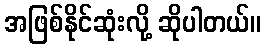
အဖြစ်နိုင်ဆုံးလို့ ဆိုပါတယ်။